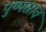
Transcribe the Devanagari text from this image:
पुष्पस्राव